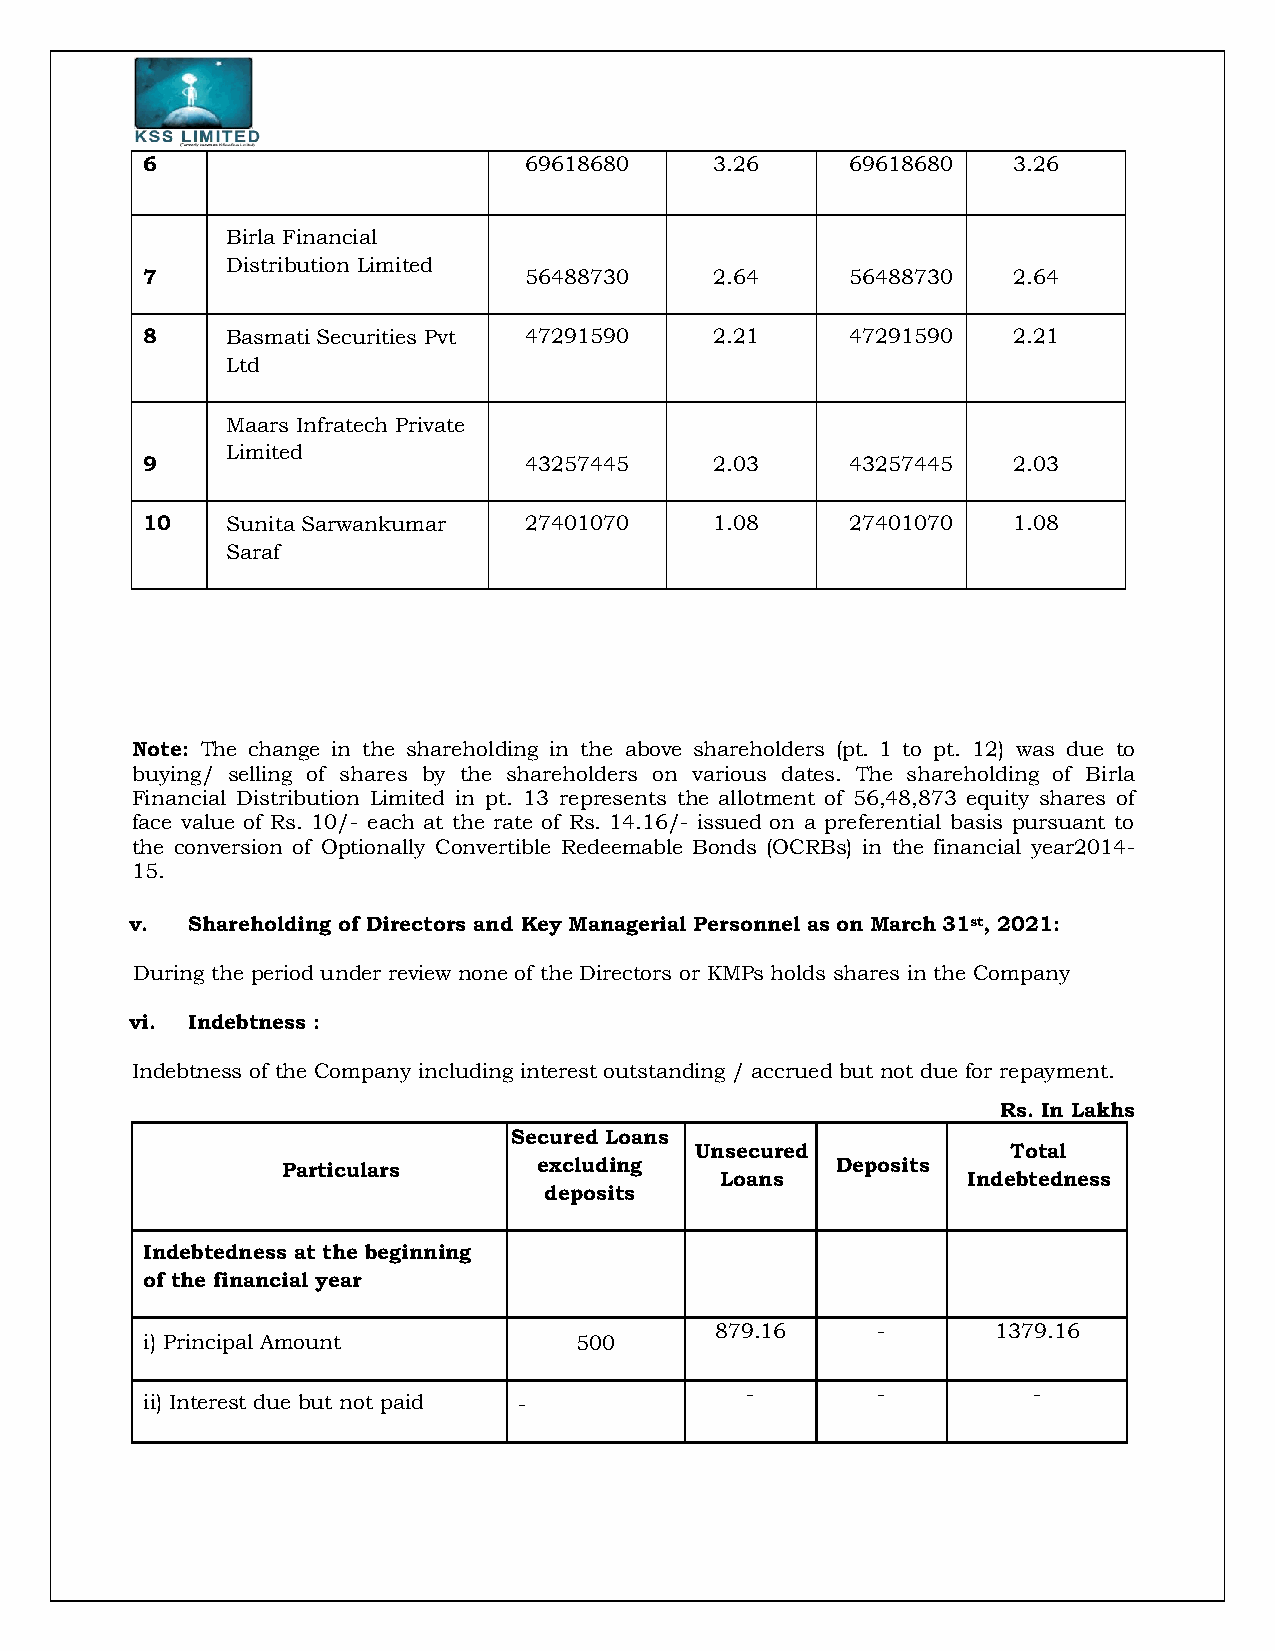
6                         69618680    3.26     69618680   3.26
 Birla Financial
 Distribution Limited
 7                         56488730    2.64     56488730   2.64
 8     Basmati Securities Pvt 47291590 2.21     47291590   2.21
 Ltd
 Maars Infratech Private
 Limited
 9                         43257445    2.03     43257445   2.03
 10    Sunita Sarwankumar  27401070    1.08     27401070   1.08
 Saraf
 Note: The change in the shareholding in the above shareholders (pt. 1 to pt. 12) was due to
 buying/ selling of shares by the shareholders on various dates. The shareholding of Birla
 Financial Distribution Limited in pt. 13 represents the allotment of 56,48,873 equity shares of
 face value of Rs. 10/- each at the rate of Rs. 14.16/- issued on a preferential basis pursuant to
 the conversion of Optionally Convertible Redeemable Bonds (OCRBs) in the financial year2014-
 15.
 v. Shareholding of Directors and Key Managerial Personnel as on March 31st, 2021:
 During the period under review none of the Directors or KMPs holds shares in the Company
 vi. Indebtness :
 Indebtness of the Company including interest outstanding / accrued but not due for repayment.
 Rs. In Lakhs
 Secured Loans
 Unsecured            Total
 Particulars      excluding          Deposits
 Loans           Indebtedness
 deposits
 Indebtedness at the beginning
 of the financial year
 879.16     -       1379.16
 i) Principal Amount          500
 -        -         -
 ii) Interest due but not paid -